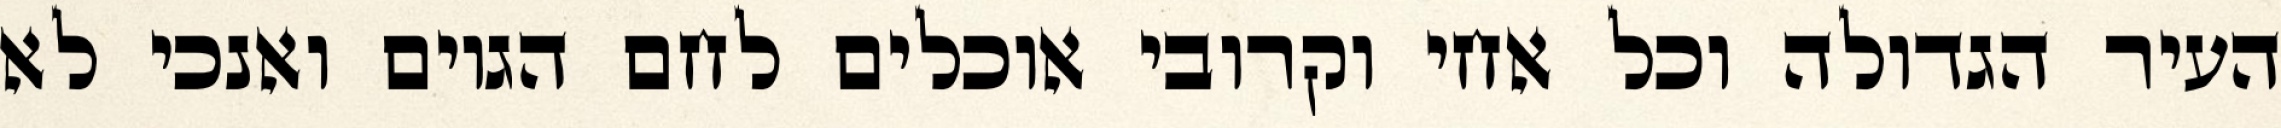
העיר הגדולה וכל אחי וקרובי אוכלים לחם הגוים ואנכי לא